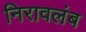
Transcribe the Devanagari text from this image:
निरावलंब